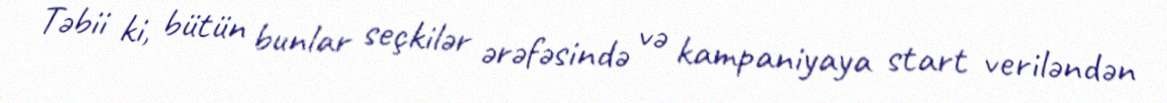
Təbii ki, bütün bunlar seçkilər ərəfəsində və kampaniyaya start veriləndən